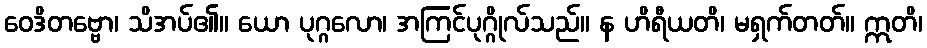
ဝေဒိတဗ္ဗော၊ သိအပ်၏။ ယော ပုဂ္ဂလော၊ အကြင်ပုဂ္ဂိုလ်သည်။ န ဟိရီယတိ၊ မရှက်တတ်။ ဣတိ၊